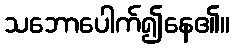
သဘောပေါက်၍နေ၏။